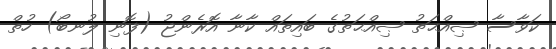
ކަވާސާ ޞިއްޙަތު ޞިއްޙަތުގެ ބައިތައް ކާނާ އޮރެންޖު (ފޮނި ލުނބޯ) ހުތް